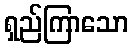
ရှည်ကြာသော